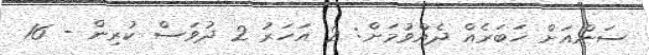
ސަންއަށް ޚަބަރެއް ދެއްވުމަށް: 2 އަހަރު 2 ދުވަސް ކުރިން - 16